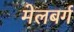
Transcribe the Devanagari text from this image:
मेलबर्ग